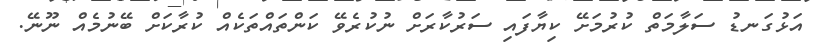
އަޅުގަނޑު ސަލާމަތް ކުރުމަށޭ ކިޔާފައި ސަރުކާރަށް ނުކުރެވޭ ކަންތައްތަކެއް ކުރާކަށް ބޭނުމެއް ނޫނޭ.